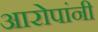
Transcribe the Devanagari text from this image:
आरोपांनी